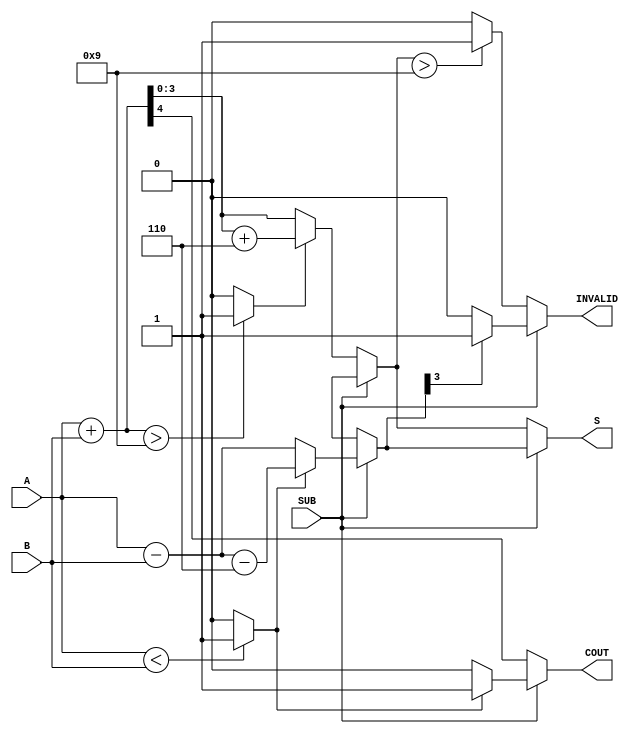
module BCD_Add_Subtracter (
    input  wire [3:0] A,        // First BCD digit
    input  wire [3:0] B,        // Second BCD digit
    input  wire SUB,            // Control signal (1 for subtraction, 0 for addition)
    output reg  [3:0] S,        // Resulting BCD digit
    output reg  COUT,           // Carry-out/borrow flag
    output reg  INVALID         // Invalid BCD flag
);

    wire [4:0] sum;           // 5-bit sum for addition
    wire [4:0] diff;          // 5-bit result for subtraction
    wire add_correction;      // Flag for BCD correction in addition
    wire sub_correction;      // Flag for BCD correction in subtraction
    
    // Calculate sum
    assign sum = A + B;
    assign add_correction = (sum > 9) ? 1'b1 : 1'b0;
    
    // Calculate subtraction
    assign diff = A - B;
    assign sub_correction = (A < B) ? 1'b1 : 1'b0;

    always @(*) begin
        // Default values
        COUT = 1'b0;
        INVALID = 1'b0;
        S = 4'b0000;

        if (!SUB) begin // Addition operation
            S = sum[3:0]; // Take the lower 4 bits of the sum
            if (add_correction) begin
                S = S + 4'b0110; // Add 6 to correct the result
            end
            COUT = sum[4]; // Carry-out from the addition
            if (S > 9)
                INVALID = 1'b1; // Set INVALID flag if S exceeds 9
        end else begin // Subtraction operation
            S = diff[3:0]; // Take the lower 4 bits of the difference
            if (sub_correction) begin
                S = S - 4'b0110; // Subtract 6 to correct the result
                COUT = 1'b1; // Indicate borrow occurred
            end
            if (S[3] == 1'b1) // If MSB indicates a negative result
                INVALID = 1'b1; // Set INVALID flag if result is negative
        end
    end

endmodule